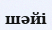
шәйі